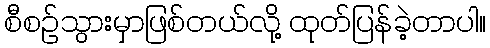
စီစဉ်သွားမှာဖြစ်တယ်လို့ ထုတ်ပြန်ခဲ့တာပါ။